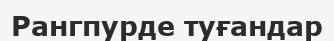
Рангпурде туғандар